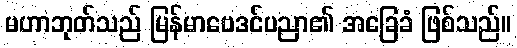
မဟာဘုတ်သည် မြန်မာဗေဒင်ပညာ၏ အခြေခံ ဖြစ်သည်။